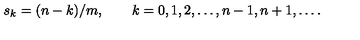
s _ { k } = ( n - k ) / m , \qquad k = 0 , 1 , 2 , \ldots , n - 1 , n + 1 , \dots .